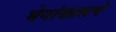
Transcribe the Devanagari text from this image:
भेगांखालचे